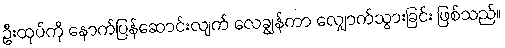
ဦးထုပ်ကို နောက်ပြန်ဆောင်းလျက် လေချွန်ကာ လျှောက်သွားခြင်း ဖြစ်သည်။